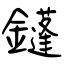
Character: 鑝